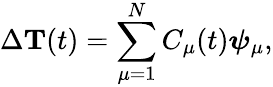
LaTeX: \Delta{{\mathbf T}}(t)=\sum_{\mu=1}^{N}C_{\mu}(t)\boldsymbol{\psi}_{\mu},